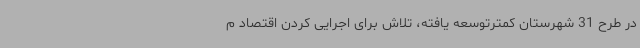
در طرح 31 شهرستان کمترتوسعه یافته، تلاش برای اجرایی کردن اقتصاد م